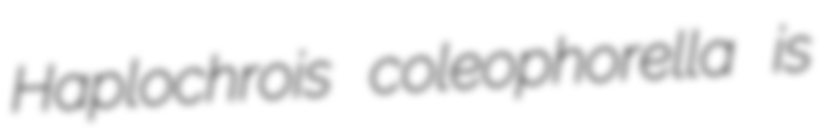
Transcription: Haplochrois coleophorella is